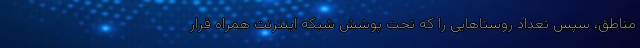
مناطق، سپس تعداد روستاهایی را که تحت پوشش شبکه اینترنت همراه قرار